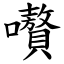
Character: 嚽